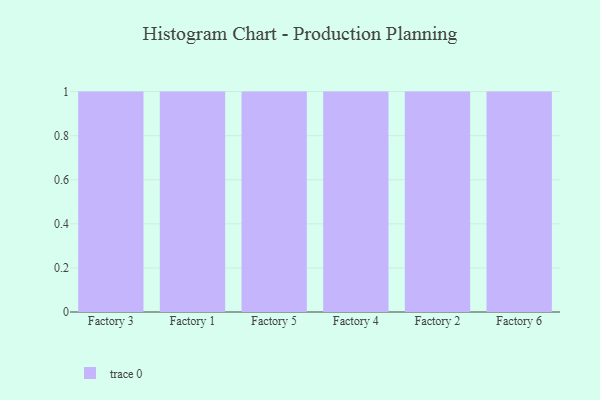
{"axis": {"x": "Factory", "y": "Energy Usage (MWh)"}, "legend": [""], "data": [{"x": "Factory 3", "y": 56, "type": ""}, {"x": "Factory 1", "y": 96, "type": ""}, {"x": "Factory 5", "y": 44, "type": ""}, {"x": "Factory 4", "y": 31, "type": ""}, {"x": "Factory 2", "y": 92, "type": ""}, {"x": "Factory 6", "y": 51, "type": ""}]}